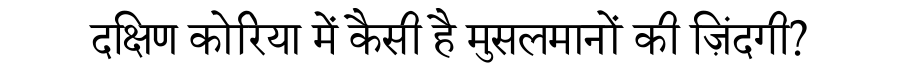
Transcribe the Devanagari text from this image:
दक्षिण कोरिया में कैसी है मुसलमानों की ज़िंदगी?